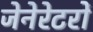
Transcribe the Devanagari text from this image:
जेनेरेटरों